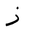
Letter: _zay